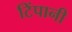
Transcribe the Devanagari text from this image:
टिंपानी